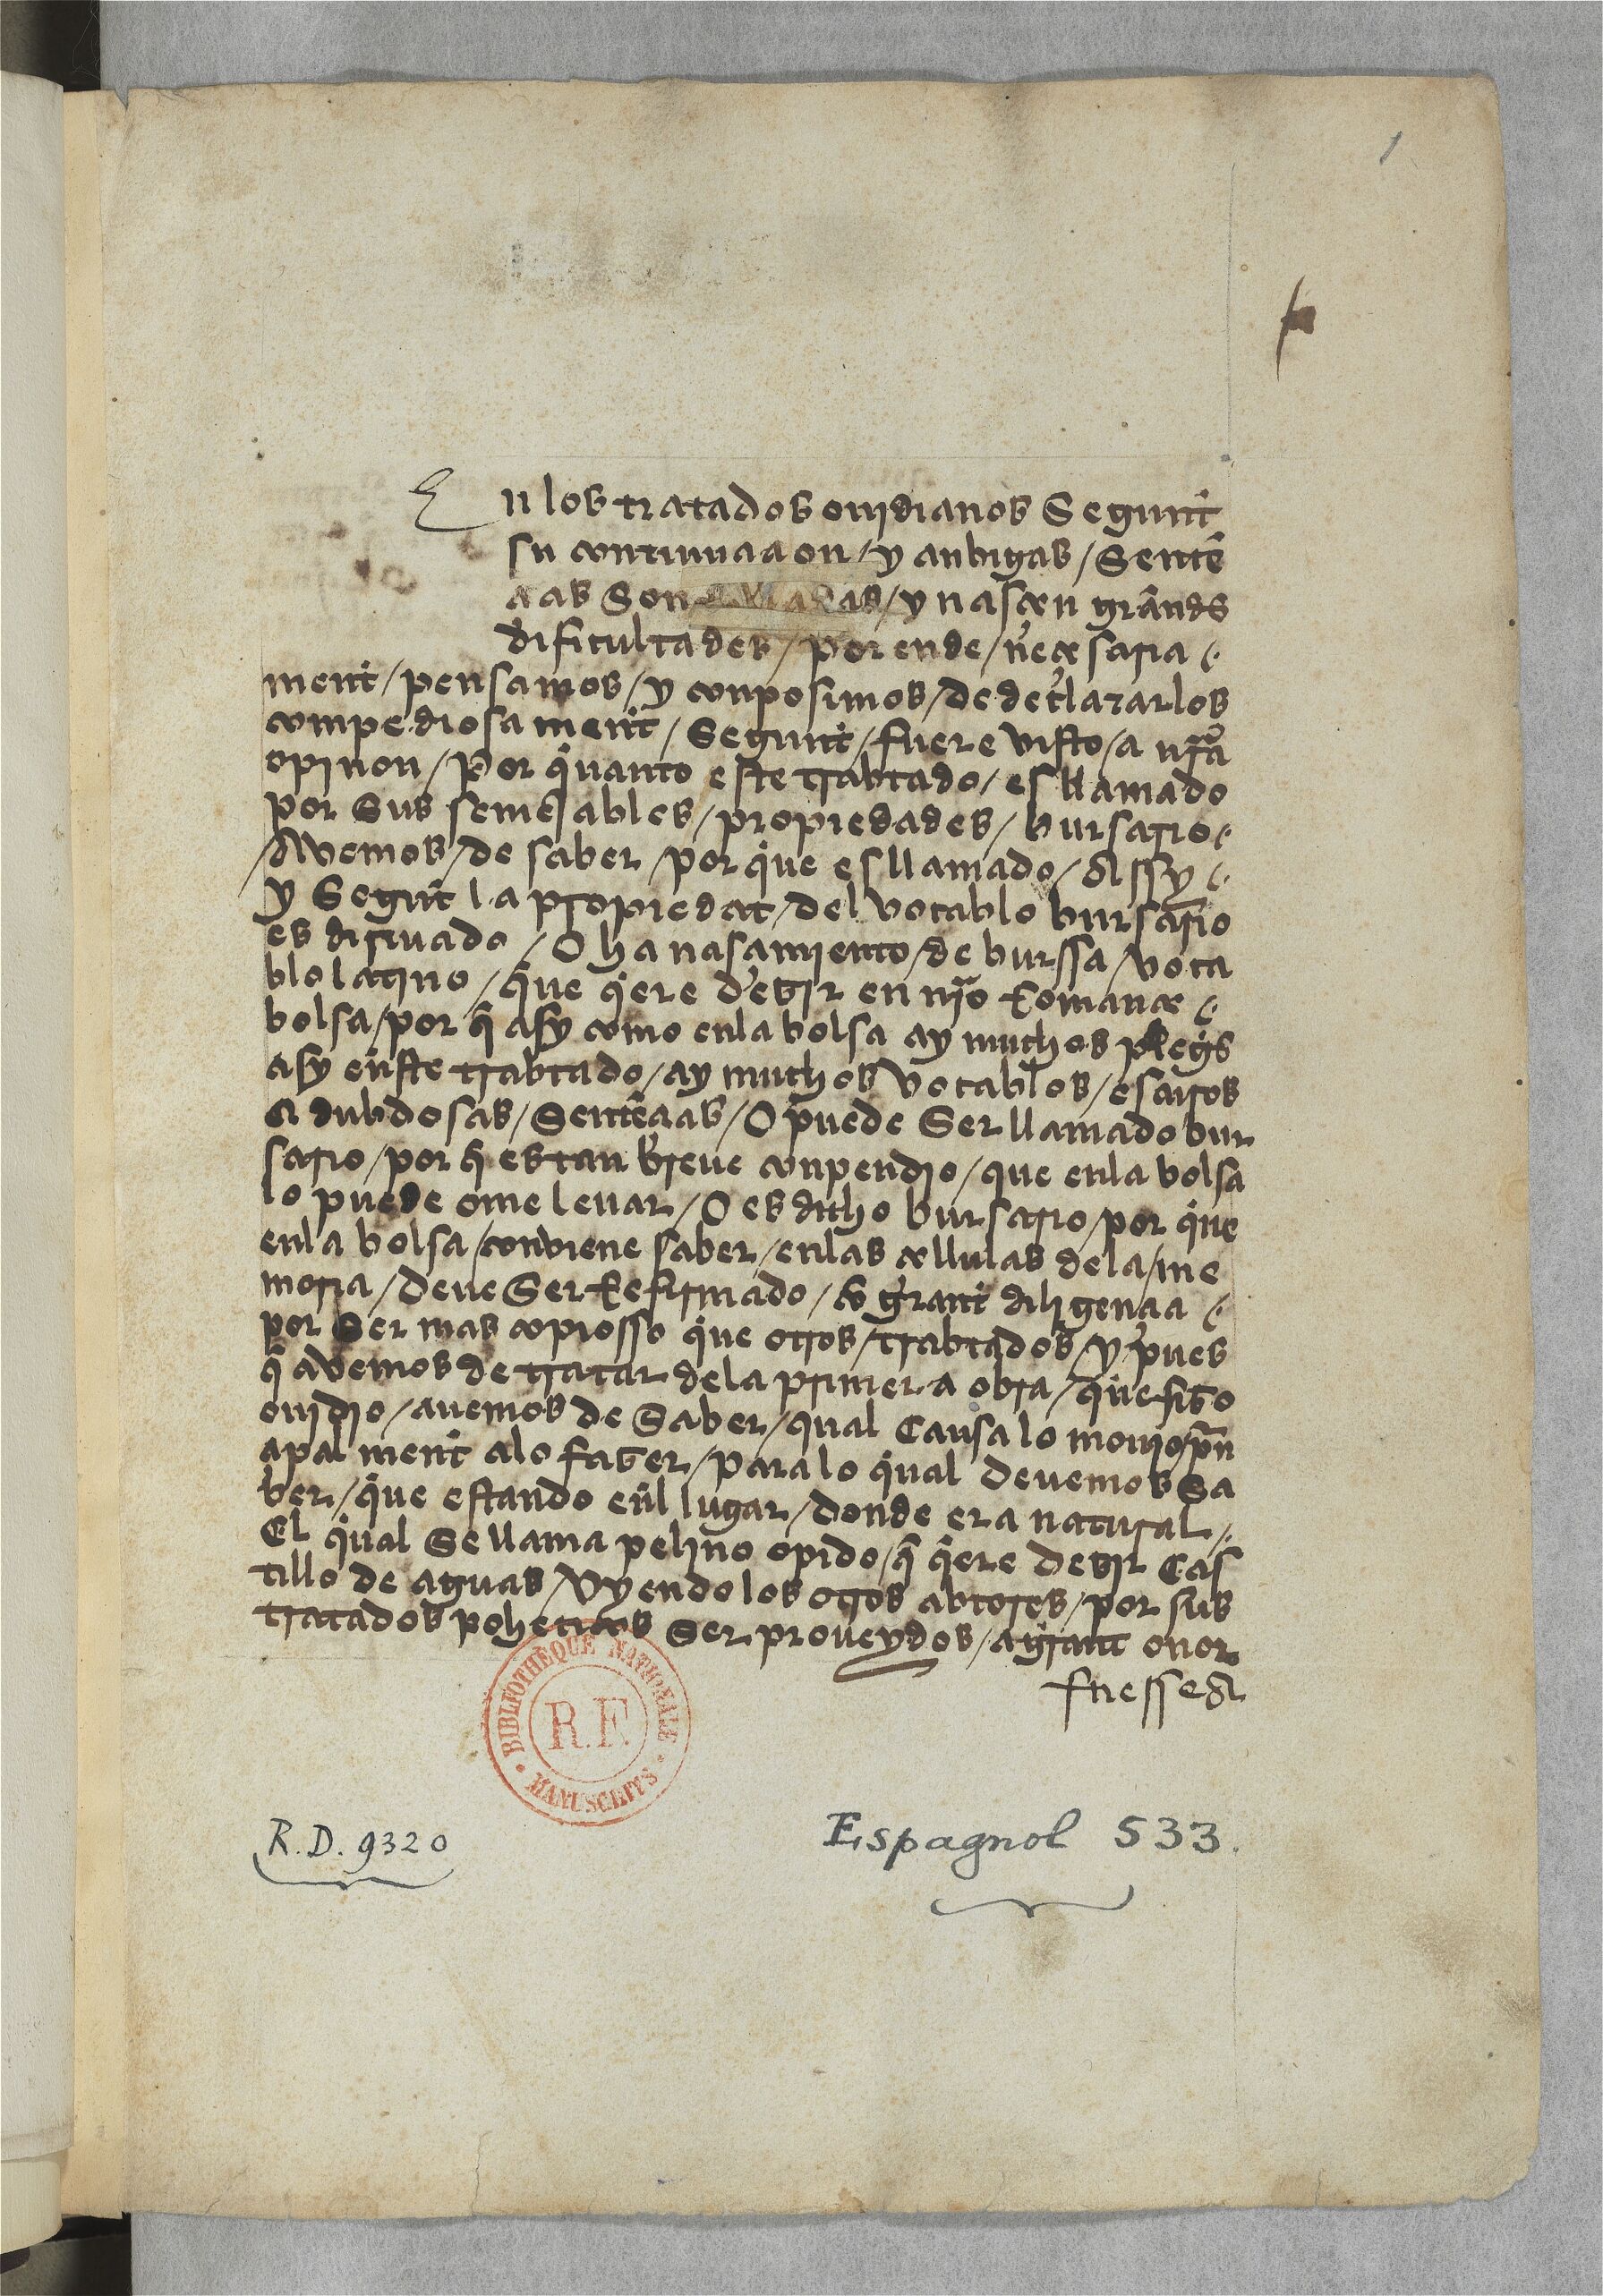
Shelfmark: Paris, BnF, esp. 533
Century: 15